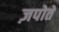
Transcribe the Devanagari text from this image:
ज़पोते